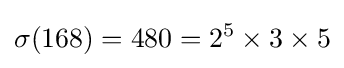
\sigma (168)=480=2^{5}\times 3\times 5